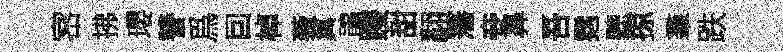
宻拂瓔讐爲囙棹薇翼鵑躞甜翻藩妾鼻吾霑聽掠羣跌